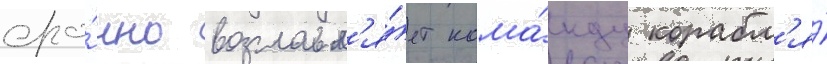
сро́чно возглавл'я́ет кома́нду корабл'я́